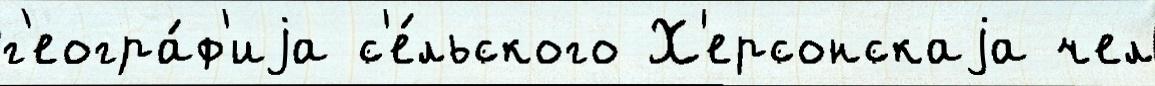
г'еогра́ф'иjа с'е́льского Х'ерсонскаjа чел